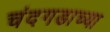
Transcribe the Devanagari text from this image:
चंदगडाच्या